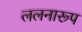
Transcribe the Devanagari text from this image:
ललनारूप